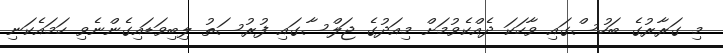
މި ގަރާރުގެ ބަހުސްގައި ވާހަކަ ދެއްކެވުމަށް މިއަދުގެ ޖަލްސާގައި ފުރުސަތު ލިބިވަޑައިގެންނެވި ހަމައެކަނި